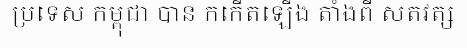
ប្រទេស កម្ពុជា បាន កកើតឡើង តាំងពី សតវត្ស